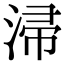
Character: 㴆